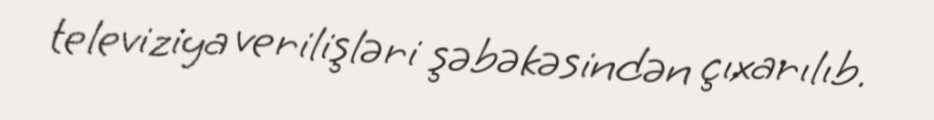
televiziya verilişləri şəbəkəsindən çıxarılıb.